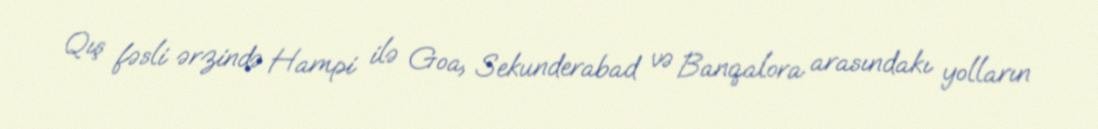
Qış fəsli ərzində Hampi ilə Goa, Sekunderabad və Banqalora arasındakı yolların